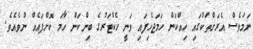
ނަމަވެސް އެރަށްތަކުގައި ހިއްކަން ހަމަޖެހިފައި ވަނީ ހެކްޓަރުގެ ބިންކަން ހާމަ ކޮށްފައެއް ނުވެއެވެ.